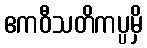
ဧကဝီသတိကပ္ပမှိ